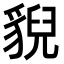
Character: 貎